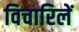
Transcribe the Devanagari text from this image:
विचारिलें